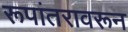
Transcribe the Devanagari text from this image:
रूपांतरावरून